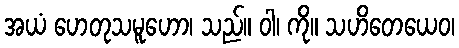
အယံ ဟေတုသမူဟော၊ သည်။ ဝါ၊ ကို။ သဟိတေယေဝ၊